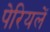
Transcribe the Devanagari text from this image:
पेरियलें